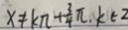
x \neq k \pi + \frac { 3 } { 4 } \pi , k \in 2